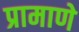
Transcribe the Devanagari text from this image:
प्रामाणे